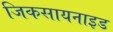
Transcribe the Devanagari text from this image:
जिकसायनाइड